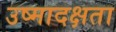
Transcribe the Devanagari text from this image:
उष्मादक्षता